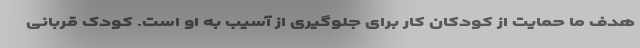
هدف ما حمایت از کودکان کار برای جلوگیری از آسیب به او است. کودک قربانی